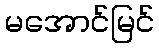
မအောင်မြင်